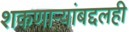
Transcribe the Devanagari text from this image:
शकणाऱ्यांबद्दलही